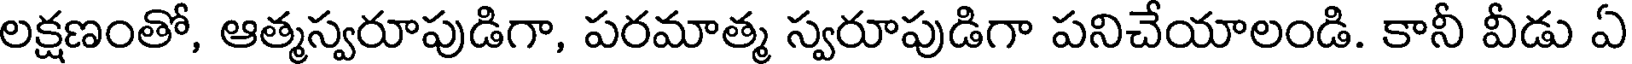
లక్షణంతో, ఆత్మస్వరూపుడిగా, పరమాత్మ స్వరూపుడిగా పనిచేయాలండి. కానీ వీడు ఏ